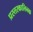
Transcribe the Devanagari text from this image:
प्रस्तरकालिनक